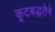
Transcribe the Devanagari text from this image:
कूटबद्धतेने